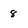
Character: 8